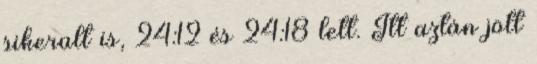
sikerült is, 24:12 és 24:18 lett. Itt aztán jött